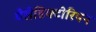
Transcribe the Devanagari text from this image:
वैलेडिक्टोरियन